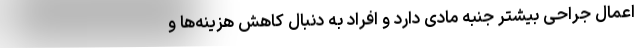
اعمال جراحی بیشتر جنبه مادی دارد و افراد به دنبال کاهش هزینه‌ها و